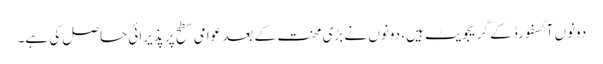
دونوں آکسفورڈ کے گریجویٹ ہیں، دونوں نے بڑی محنت کے بعد عوامی سطح پر پذیرائی حاصل کی ہے۔